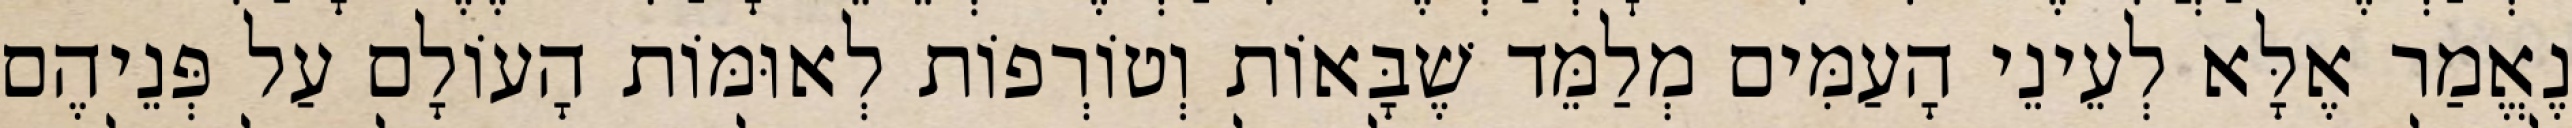
נֶאֱמַר אֶלָּא לְעֵינֵי הָעַמִּים מְלַמֵּד שֶׁבָּאוֹת וְטוֹרְפוֹת לְאוּמּוֹת הָעוֹלָם עַל פְּנֵיהֶם